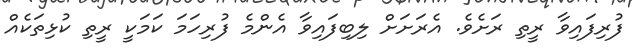
ފުރިފައިވާ ރީތި ރަށެވެ. އެރަށަށް ލިބިފައިވާ އެންމެ ފުރިހަމަ ކަމަކީ ރީތި ކުޅިތަކެއް